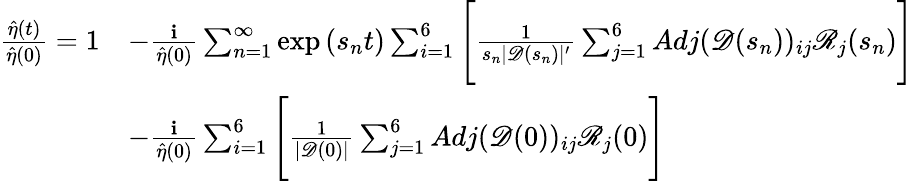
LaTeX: \begin{array}{rl}{\frac{\hat{\eta}(t)}{\hat{\eta}(0)}=1}&{-\frac{\textbf{i}}{\hat{\eta}(0)}\sum_{n=1}^{\infty}\exp{(s_{n}t)}\sum_{i=1}^{6}\Bigg[\frac{1}{s_{n}|\mathscr{D}(s_{n})|^{\prime}}\sum_{j=1}^{6}Adj(\mathscr{D}(s_{n}))_{ij}\mathscr{R}_{j}(s_{n})\Bigg]}\\ &{-\frac{\textbf{i}}{\hat{\eta}(0)}\sum_{i=1}^{6}\Bigg[\frac{1}{|\mathscr{D}(0)|}\sum_{j=1}^{6}Adj(\mathscr{D}(0))_{ij}\mathscr{R}_{j}(0)\Bigg]}\end{array}